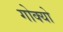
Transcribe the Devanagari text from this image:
गोक्यो